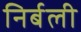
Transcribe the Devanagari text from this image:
निर्बली